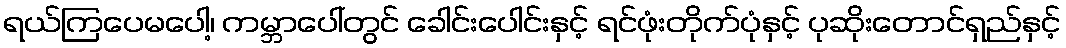
ရယ်ကြပေမပေါ့၊ ကမ္ဘာပေါ်တွင် ခေါင်းပေါင်းနှင့် ရင်ဖုံးတိုက်ပုံနှင့် ပုဆိုးတောင်ရှည်နှင့်